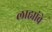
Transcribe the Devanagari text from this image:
लाह्यांचे